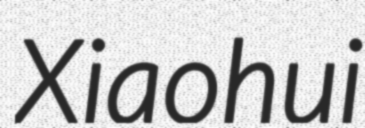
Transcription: Xiaohui